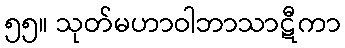
၅၅။ သုတ်မဟာဝါဘာသာဋီကာ